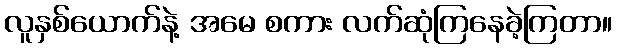
လူနှစ်ယောက်နဲ့ အမေ စကား လက်ဆုံကြနေခဲ့ကြတာ။